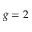
g = 2